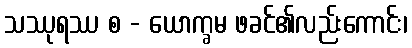
သဿုရဿ စ - ယောက္ခမ ဖခင်၏လည်းကောင်း၊